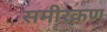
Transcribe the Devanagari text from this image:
समीरकण